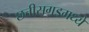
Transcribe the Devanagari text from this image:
छत्तीसगडमध्ये